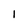
Character: I